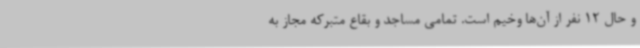
و حال 12 نفر از آن‌ها وخیم است. تمامی مساجد و بقاع متبرکه مجاز به